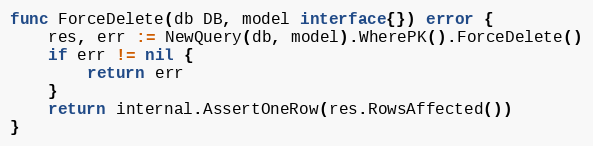
Language: Go
func ForceDelete(db DB, model interface{}) error {
	res, err := NewQuery(db, model).WherePK().ForceDelete()
	if err != nil {
		return err
	}
	return internal.AssertOneRow(res.RowsAffected())
}